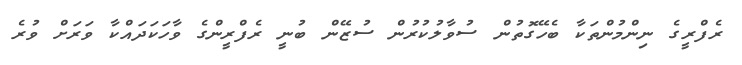
ރެފްރީގެ ނިންމުންތަކާ ބެހޭގޮތުން ސުވާލުކުރުން ސުޒޭން ބުނީ ރެފްރީންގެ ވާހަކަދައްކާ ވަރަށް ވުރެ